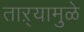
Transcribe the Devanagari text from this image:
ताऱ्यामुळे